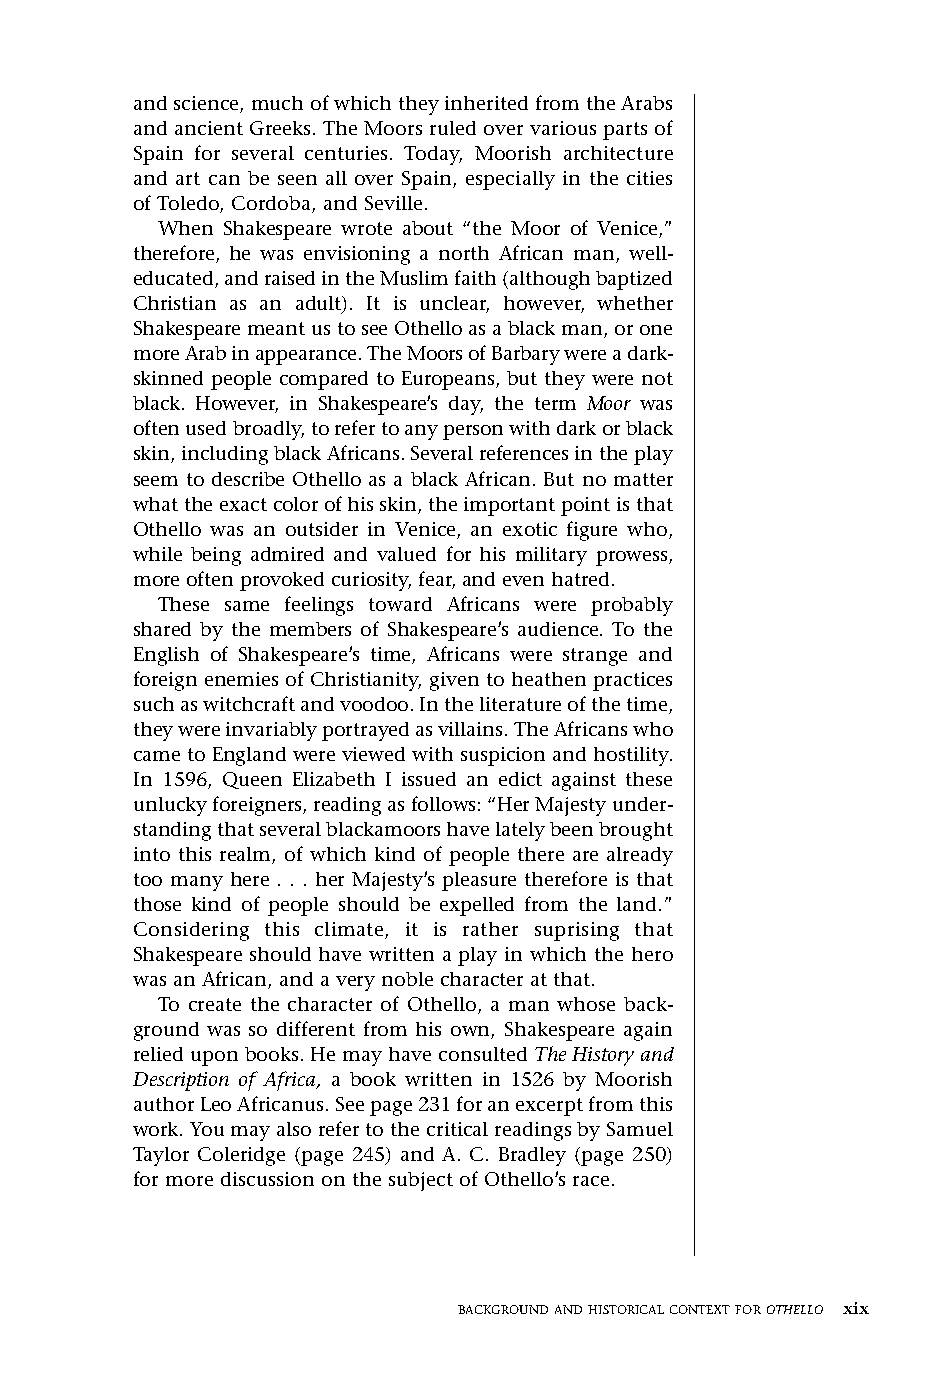
Othello FM.qxd 1/14/05 9:25 AM Page xix
 and science, much of which they inherited from the Arabs
 and ancient Greeks. The Moors ruled over various parts of
 Spain for several centuries. Today, Moorish architecture
 and art can be seen all over Spain, especially in the cities
 of Toledo, Cordoba, and Seville.
 When Shakespeare wrote about “the Moor of Venice,”
 therefore, he was envisioning a north African man, well-
 educated, and raised in the Muslim faith (although baptized
 Christian as an adult). It is unclear, however, whether
 Shakespeare meant us to see Othello as a black man, or one
 more Arab in appearance. The Moors of Barbary were a dark-
 skinned people compared to Europeans, but they were not
 black. However, in Shakespeare’s day, the term Moor was
 often used broadly, to refer to any person with dark or black
 skin, including black Africans. Several references in the play
 seem to describe Othello as a black African. But no matter
 what the exact color of his skin, the important point is that
 Othello was an outsider in Venice, an exotic figure who,
 while being admired and valued for his military prowess,
 more often provoked curiosity, fear, and even hatred.
 These same feelings toward Africans were probably
 shared by the members of Shakespeare’s audience. To the
 English of Shakespeare’s time, Africans were strange and
 foreign enemies of Christianity, given to heathen practices
 such as witchcraft and voodoo. In the literature of the time,
 they were invariably portrayed as villains. The Africans who
 came to England were viewed with suspicion and hostility.
 In 1596, Queen Elizabeth I issued an edict against these
 unlucky foreigners, reading as follows: “Her Majesty under-
 standing that several blackamoors have lately been brought
 into this realm, of which kind of people there are already
 too many here . . . her Majesty’s pleasure therefore is that
 those kind of people should be expelled from the land.”
 Considering this climate, it is rather suprising that
 Shakespeare should have written a play in which the hero
 was an African, and a very noble character at that.
 To create the character of Othello, a man whose back-
 ground was so different from his own, Shakespeare again
 relied upon books. He may have consulted The History and
 Description of Africa, a book written in 1526 by Moorish
 author Leo Africanus.See page 231 for an excerpt from this
 work. You may also refer to the critical readings by Samuel
 Taylor Coleridge (page 245) and A. C. Bradley (page 250)
 for more discussion on the subject of Othello’s race.
 BACKGROUNDANDHISTORICALCONTEXTFOROTHELLO xix